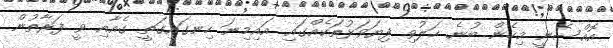
އޮއްސެނީ މިހެން ބުނެ ހަލުވި ފިޔަވަޅުތަކެއްގައި އައިމިނަ ހިނގައިގަތީ ގެއާއި ވީ ފަރާތުން